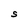
Character: S